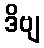
ဒိဗျ